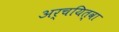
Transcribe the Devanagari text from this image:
अर्चयित्वा